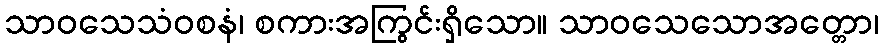
သာဝသေသံဝစနံ၊ စကားအကြွင်းရှိသော။ သာဝသေသောအတ္တော၊